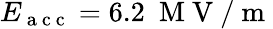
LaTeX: E_{\mathrm{~a~c~c~}}=6.2\ \mathrm{~M~V~}/\mathrm{~m~}